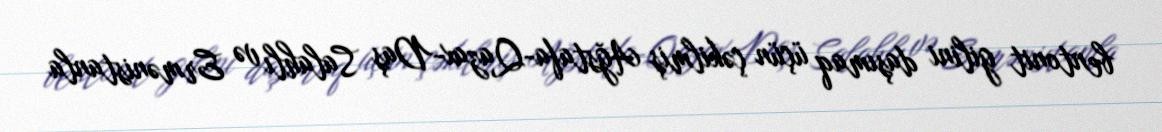
bentonit gilini daşımaq üçün çəkilmiş Ağstafa-Qazax-Daş Salahlı və Ermənistanla